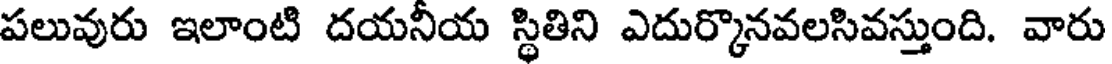
పలువురు ఇలాంటి దయనీయ స్థితిని ఎదుర్కొనవలసివస్తుంది. వారు